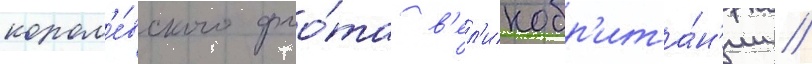
корол'е́вского фло́та в'ел'икобр'ита́н'ии //